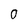
Character: 0